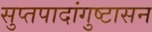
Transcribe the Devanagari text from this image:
सुप्तपादांगुष्टासन